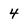
Character: 4